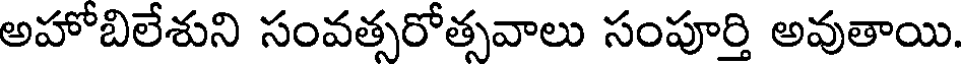
అహోబిలేశుని సంవత్సరోత్సవాలు సంపూర్తి అవుతాయి.